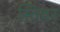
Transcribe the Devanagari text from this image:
स्तिवर